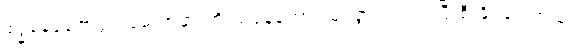
ဗုဒ္ဓနေ့ပူဇော်ပွဲအခမ်းအနားကို ယနေ့အောင်မြင်စွာ ကျင်းပပြီးစီးနိုင်ခဲ့ပါတယ်။